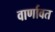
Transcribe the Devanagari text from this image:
वार्णावत